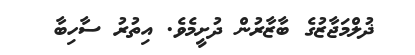
ޛުލްމަޖާޒުގެ ބާޒާރުން ދުށީމެވެ. އިތުރު ސާހިބާ